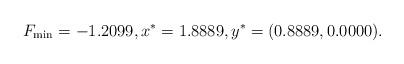
LaTeX: \begin{align*}F_{\min} = -1.2099,x^* = 1.8889,y^* = (0.8889, 0.0000).\end{align*}